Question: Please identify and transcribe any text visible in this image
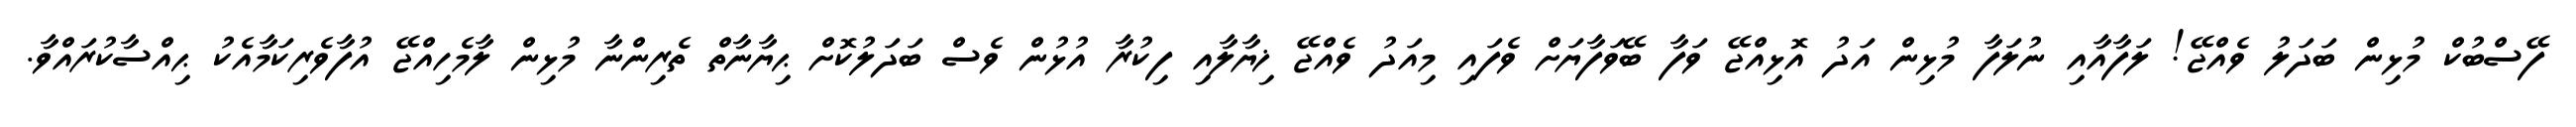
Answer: ފޭސްބުކް މުޅިން ބަދަލު ވެއްޖޭ! ލަފާއާއި ނުލަފާ މުޅިން އަދު އޮޅިއްޖޭ ވަފާ ބޭވަފާޔަށް ވެފައި މިއަދު ވެއްޖޭ ޚިޔާލާއި ފިކުރާ އުޅުން ވެސް ބަދަލުކޮށް ޙިޔާނާތް ތެރިންނާ މުޅިން ލާމެހިއްޖޭ އުފާވެރިކަމާއެކު ޙިއްސާކުރައްވާ.